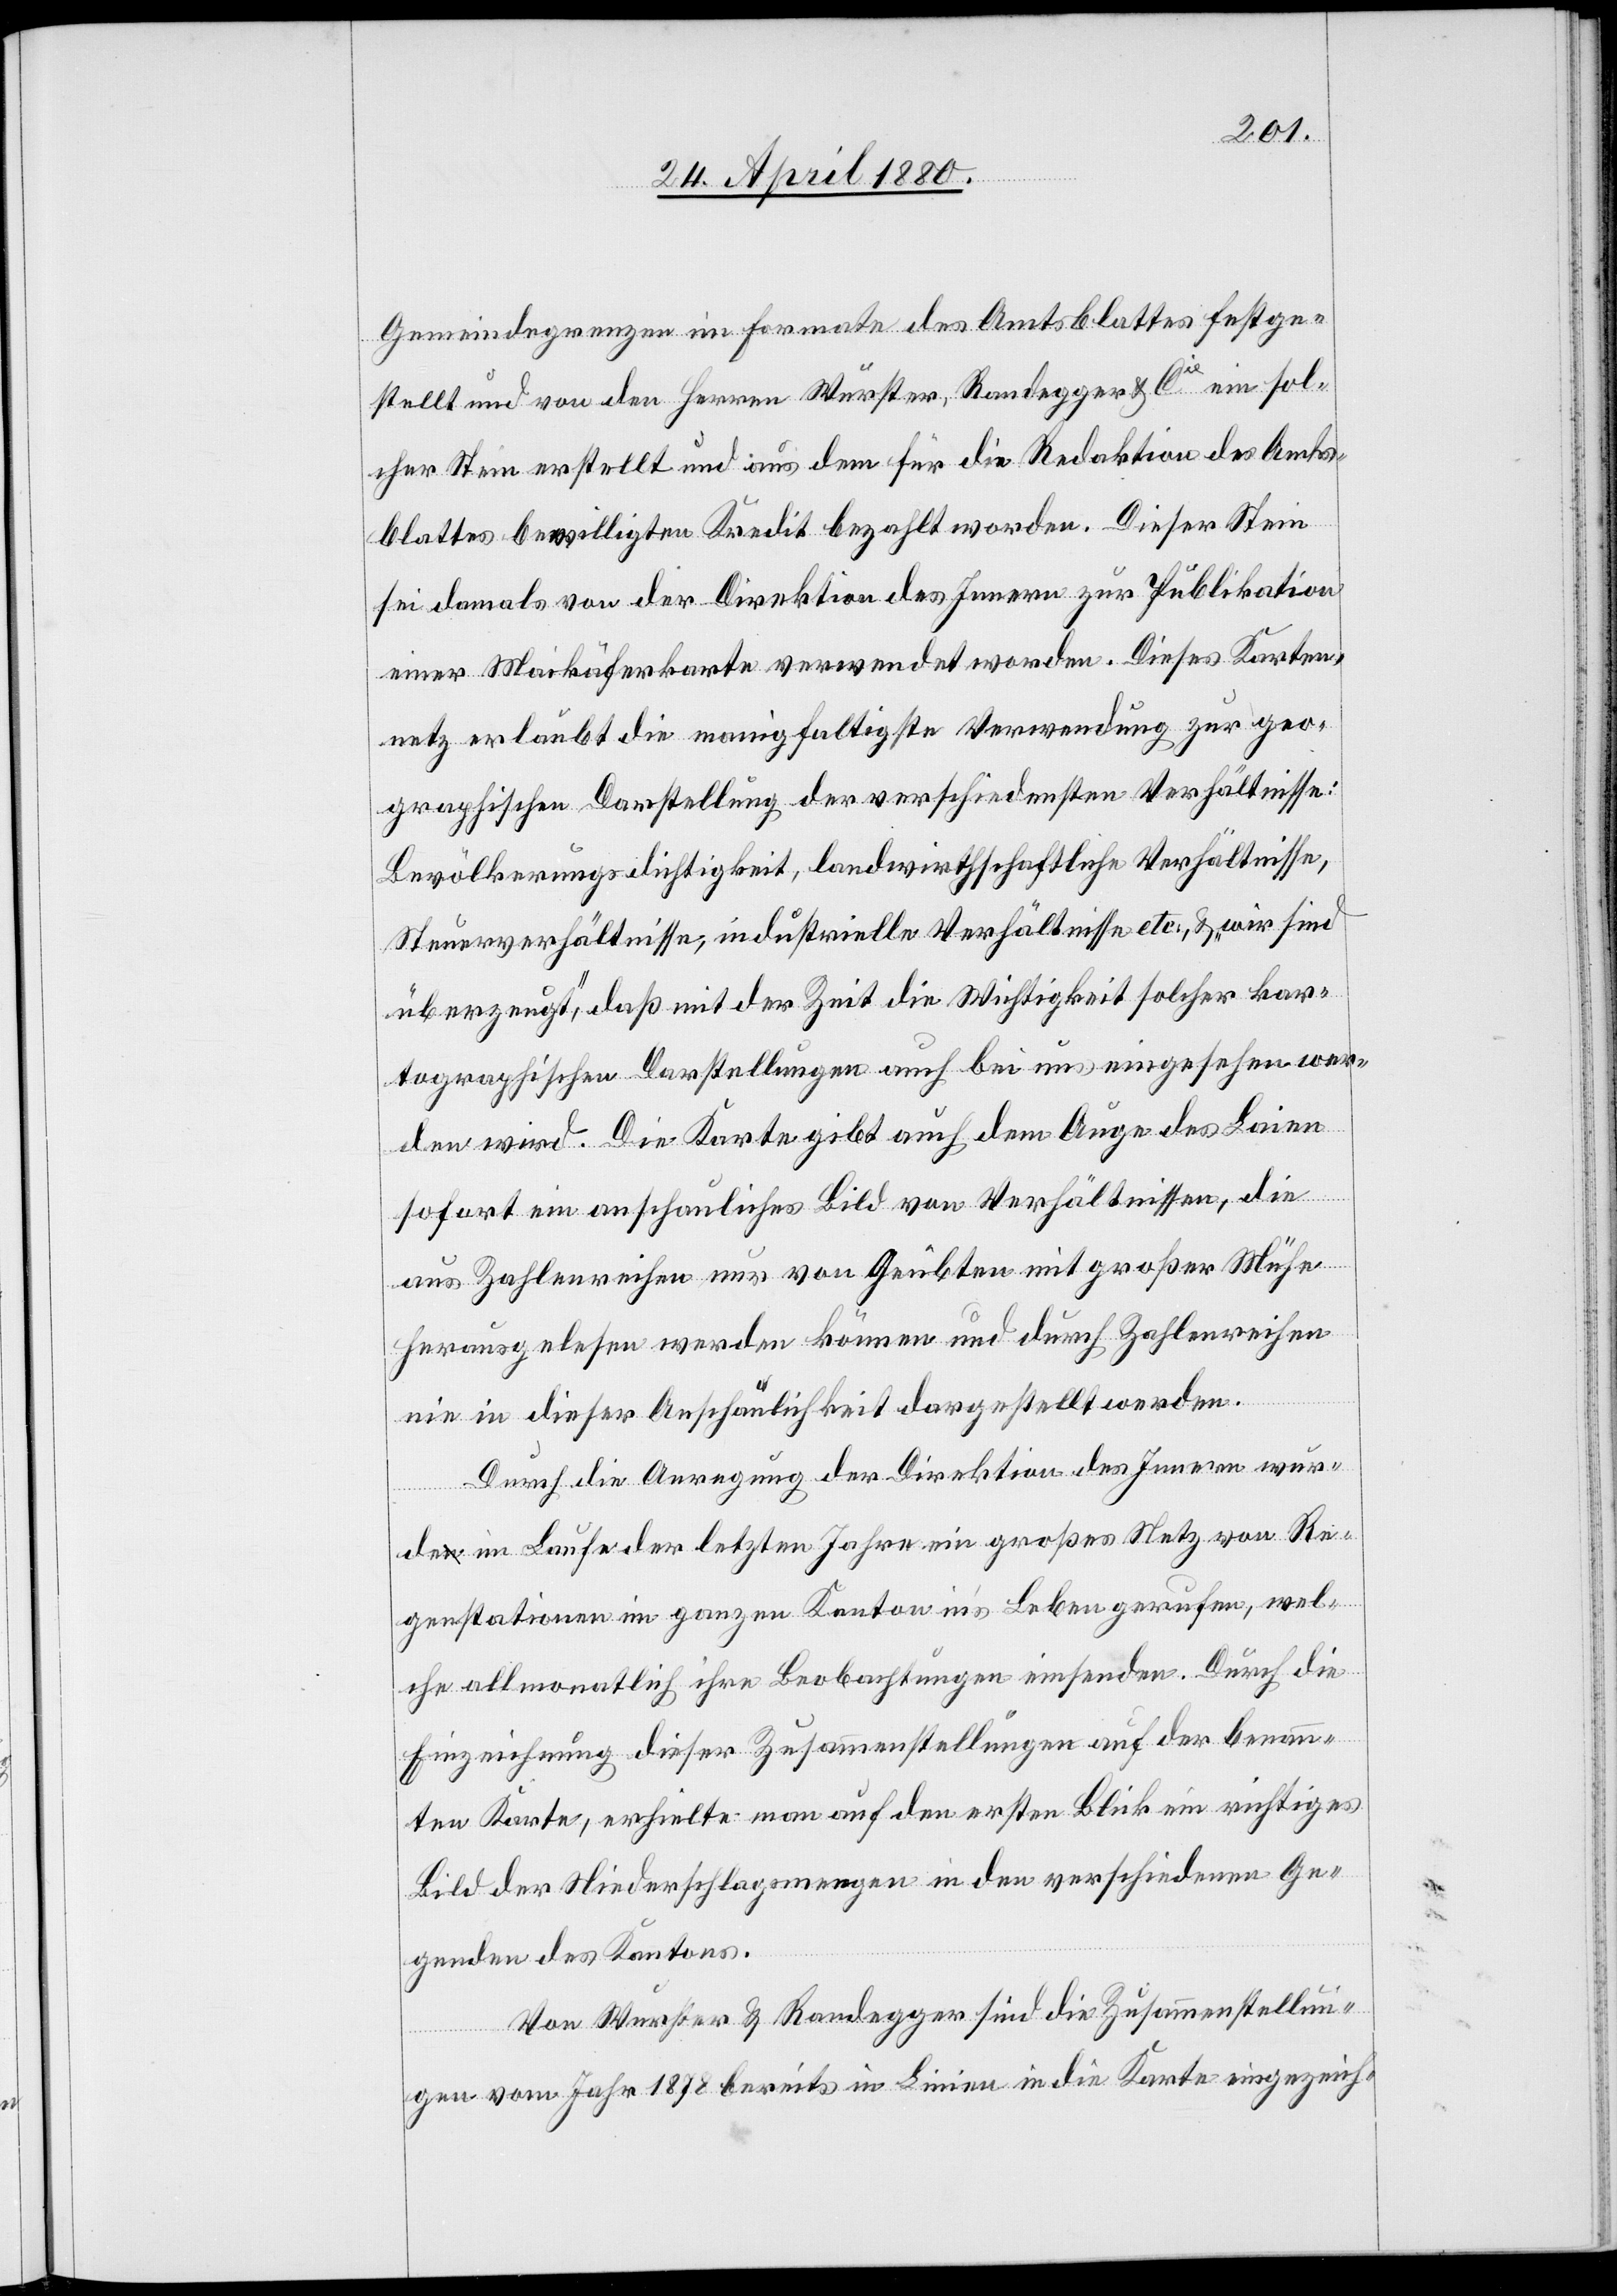
Gemeindegrenzen im Formate des Amtsblattes festge¬
stellt und von den Herren Wurster, Randegger & Cie ein sol¬
cher Stein erstellt und aus dem für die Redaktion des Amts¬
blattes bewilligten Kredit bezahlt worden. Dieser Stein
sei damals von der Direktion des Innern zur Publikation
einer Maikäferkarte verwendet worden. Dieses Karten¬
netz erlaubt die manigfaltige Verwendung zur geo¬
graphischen Darstellung der verschiedensten Verhältnisse:
Bevölkerungsdichtigkeit, landwirthschaftliche Verhältnisse,
Steuerverhältnisse, industrielle Verhältnisse etc., & „wir sind
überzeugt,“ daß mit der Zeit die Wichtigkeit solcher kar¬
tographischen Darstellungen auch bei uns eingesehen wer¬
den wird. Die Karte gibt auch dem Auge des Laien
sofort ein anschauliches Bild von Verhältnissen, die
aus Zahlenreihen nur von Geübten mit großer Mühe
herausgelesen werden können und durch Zahlenreihen
nie in dieser Anschaulichkeit dargestellt werden.
Durch die Anregung der Direktion des Innern wur¬
de im Laufe der letzten Jahre ein großes Netz von Re¬
genstationen im ganzen Kanton in’s Leben gerufen, wel¬
che allmonatlich ihre Beobachtungen einsenden. Durch die
Einzeichnung dieser Zusammenstellungen auf der benann¬
ten Karte, erhielte man auf den ersten Blick ein richtiges
Bild der Niederschlagsmengen in den verschiedenen Ge¬
genden des Kantons.
Von Wurster & Randegger sind die Zusammenstellun¬
gen vom Jahr 1878 bereits in Linien in die Karte eingezeich-